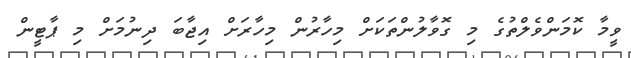
ވީމާ ކޮމަންވެލްތުގެ މި ގޮވާލުންތަކަށް މިހާރުން މިހާރަށް އިޖާބަ ދިނުމަށް މި ޕާޓީން